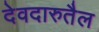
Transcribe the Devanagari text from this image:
देवदारुतैल